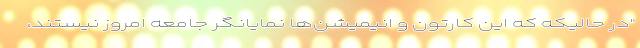
"در حالیکه که این کارتون و انیمیشن‌‌ها نمایانگر جامعه امروز نیستند،